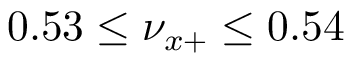
0 . 5 3 \leq \nu _ { x + } \leq 0 . 5 4